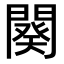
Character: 闋